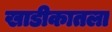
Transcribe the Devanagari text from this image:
खाडीकातला